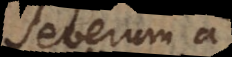
Severum a